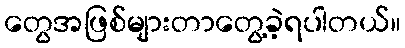
တွေအဖြစ်များတာတွေ့ခဲ့ရပါတယ်။